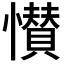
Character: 𭟎